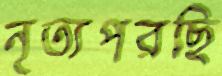
নৃত্যপরছি